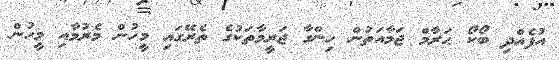
އުފެއްދި ބޯކޯ ޙަރާމް ޖަމާއަތުން ހިންގާ ޖަރީމާތަކުގެ ތެރޭގައި މީހުން މެރުމާއި މީހުން